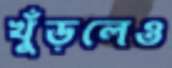
খুঁড়লেও